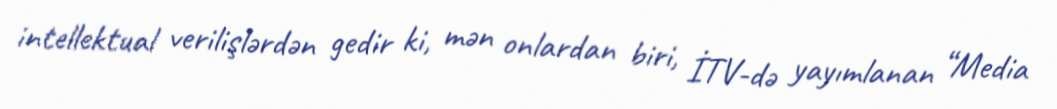
intellektual verilişlərdən gedir ki, mən onlardan biri, İTV-də yayımlanan “Media